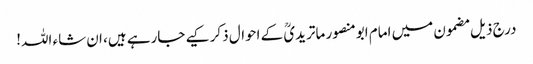
درج ذیل مضمون میں امام ابومنصور ماتریدیؒ کے احوال ذکر کیے جارہے ہیں، ان شاء اللہ!